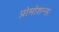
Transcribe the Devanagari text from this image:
प्रोमोशन्स